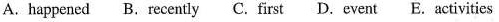
A.happened B. recently C. first D. event E. activities